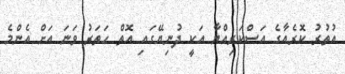
އުތުރު ކޮރެއާގެ އަސްކަރިއްޔާ އަކީ ދުނިޔޭގައި އޮތް ހަތަރު ވަނަ އަށް އެންމެ